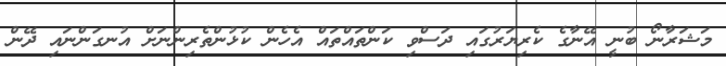
މަޝަރާނޯ ބުނީ އޭނާގެ ކެރިޔަރުގައި ދަސްވި ކަންތައްތައް އެހެން ކުޅުންތެރިންނަށް އުނގަންނައި ދޭން